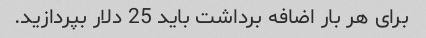
برای هر بار اضافه برداشت باید 25 دلار بپردازید.